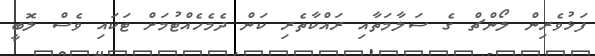
ފަޅުވެރިން ލޯންޗް ގެ ސަލާމަތާއި ރައްކާތެރި ކަން ދެމެހެއްޓުމަށް ޓަކައި ވެސް ލޮބީ